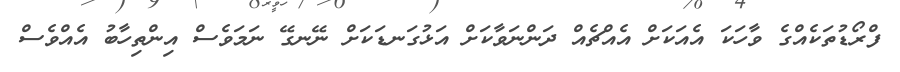
ފްރޯޑުތަކެއްގެ ވާހަކަ އެއަކަށް އެއްޗެއް ދަންނަވާކަށް އަޅުގަނޑަކަށް ނޭނގޭ ނަމަވެސް އިންތިހާބު އެއްވެސް